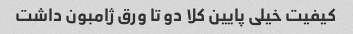
کیفیت خیلی پایین کلا دو تا ورق ژامبون داشت